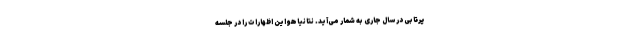
پرتابی در سال جاری به شمار می‌آید. نتانیاهو این اظهارات را در جلسه